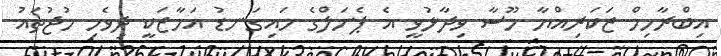
އިބްރާހިމް ޒަކަރިއްޔާ މޫސާ ވިދާޅުވީ އެ ޕެނަލްގެ މައިގަނޑު އަމާޒަކީ ދިވެހި މުޖުތައު